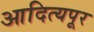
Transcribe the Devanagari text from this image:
आदित्यपूर